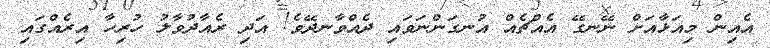
އެއިން މިއަޅާއަށް ނޭނގޭ އެއްޗެއް އުނގަންނަވައި ދެއްވާނދޭވެ! އަދި ރެއާދުވާލު ހުރިހާ އިރެއްގައި